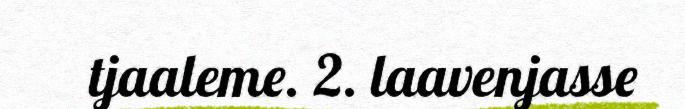
tjaaleme. 2. laavenjasse